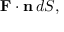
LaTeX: \mathbf { F } \cdot \mathbf { n } \, d S ,